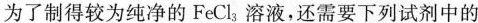
为了制得较为纯净的FeCl_{3}。溶液，还需要下列试剂中的